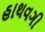
હાથવગી